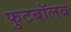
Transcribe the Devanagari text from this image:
फुटबॉलव